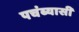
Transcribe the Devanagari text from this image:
पचंब्यासी